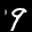
Label: 9